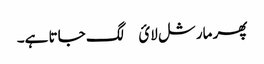
پھر مارشل لائ￿ لگ جاتا ہے۔